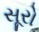
સૂરો